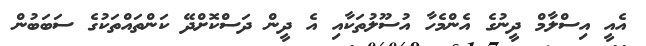
އެއީ އިސްލާމް ދީނުގެ އެންމެހާ އުސޫލުތަކާއި އެ ދީން ދަސްކޮށްދޭ ކަންތައްތަކުގެ ސަބަބުން